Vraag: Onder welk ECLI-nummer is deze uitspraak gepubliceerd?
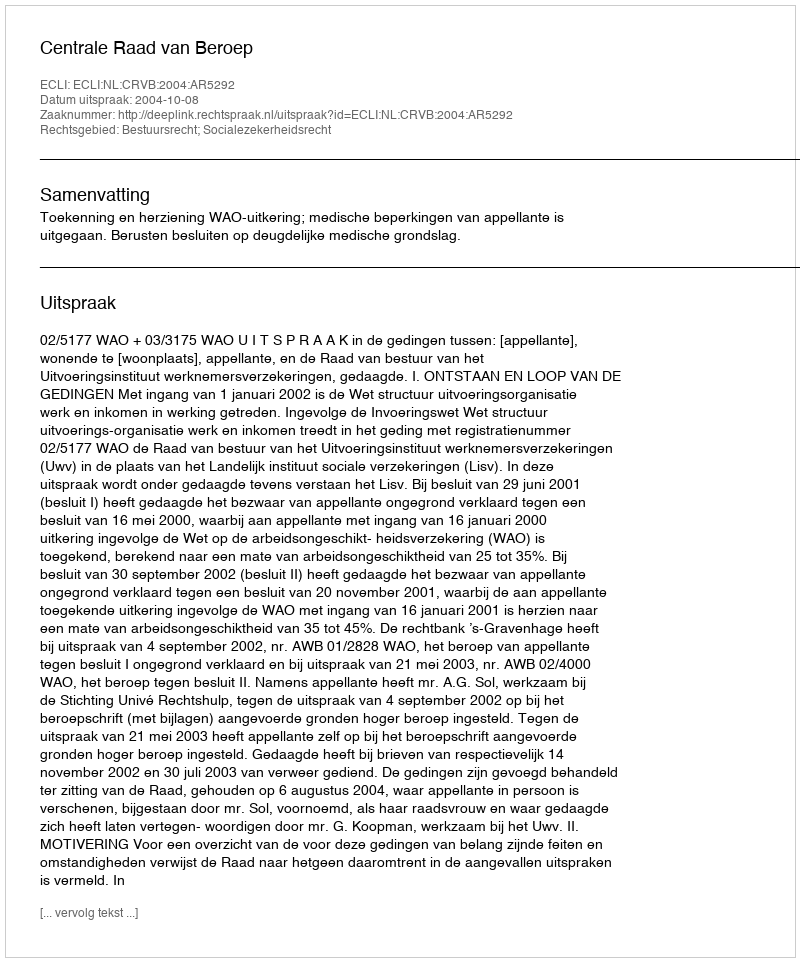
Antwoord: ECLI:NL:CRVB:2004:AR5292